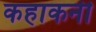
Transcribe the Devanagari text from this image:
कहाकनी